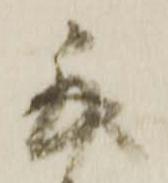
謹